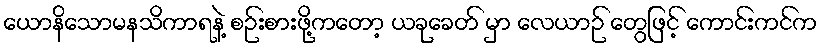
ယောနိသောမနသိကာရနဲ့ စဉ်းစားဖို့ကတော့ ယခုခေတ် မှာ လေယာဉ် တွေဖြင့် ကောင်းကင်က